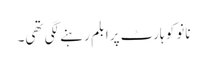
نانو کو ہارٹ پرابلم رہنے لگی تھی۔